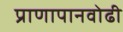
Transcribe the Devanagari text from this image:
प्राणापानवोढी